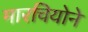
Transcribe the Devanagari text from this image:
मारचियोने